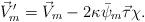
LaTeX: \begin{align*}\vec{V}_m'=\vec{V}_m-2\kappa\bar{\psi}_m\vec{\tau}\chi.\end{align*}